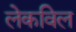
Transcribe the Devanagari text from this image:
लेकविल